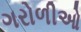
ગરોળીઓ